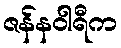
ဇန်နဝါရီက